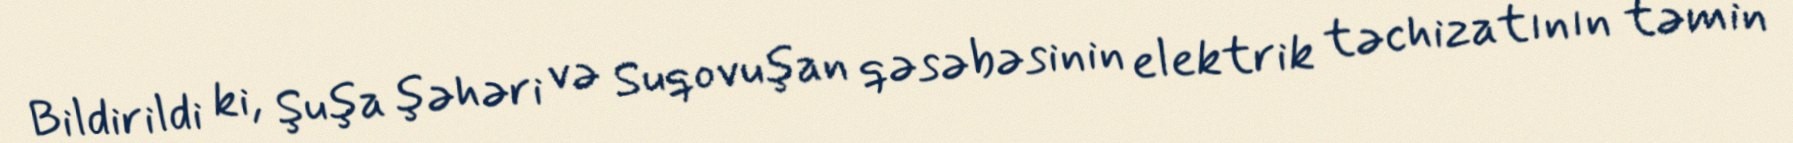
Bildirildi ki, Şuşa şəhəri və Suqovuşan qəsəbəsinin elektrik təchizatının təmin